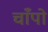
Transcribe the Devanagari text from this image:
चाँपो